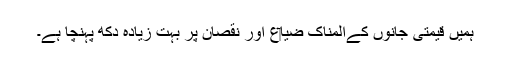
ہميں قیمتی جانوں کےالمناک ضیا‏ع اور نقصان پر بہت زیادہ دکھ پہنچا ہے۔